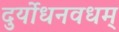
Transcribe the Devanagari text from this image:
दुर्योधनवधम्